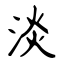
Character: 淡